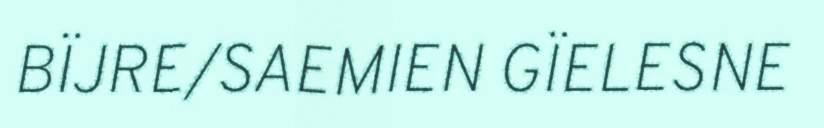
BÏJRE/SAEMIEN GÏELESNE